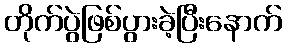
တိုက်ပွဲဖြစ်ပွားခဲ့ပြီးနောက်